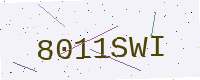
Text: 8011SWI